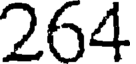
264